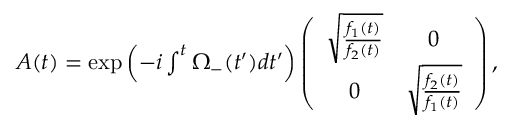
\begin{array} { r } { A ( t ) = \exp \left( - i \int ^ { t } \Omega _ { - } ( t ^ { \prime } ) d t ^ { \prime } \right) \left( \begin{array} { c c } { \sqrt { \frac { f _ { 1 } ( t ) } { f _ { 2 } ( t ) } } } & { 0 } \\ { 0 } & { \sqrt { \frac { f _ { 2 } ( t ) } { f _ { 1 } ( t ) } } } \end{array} \right) , } \end{array}